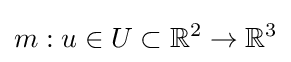
m:u\in U\subset {\mathbb {R} }^{2}\rightarrow {\mathbb {R} }^{3}